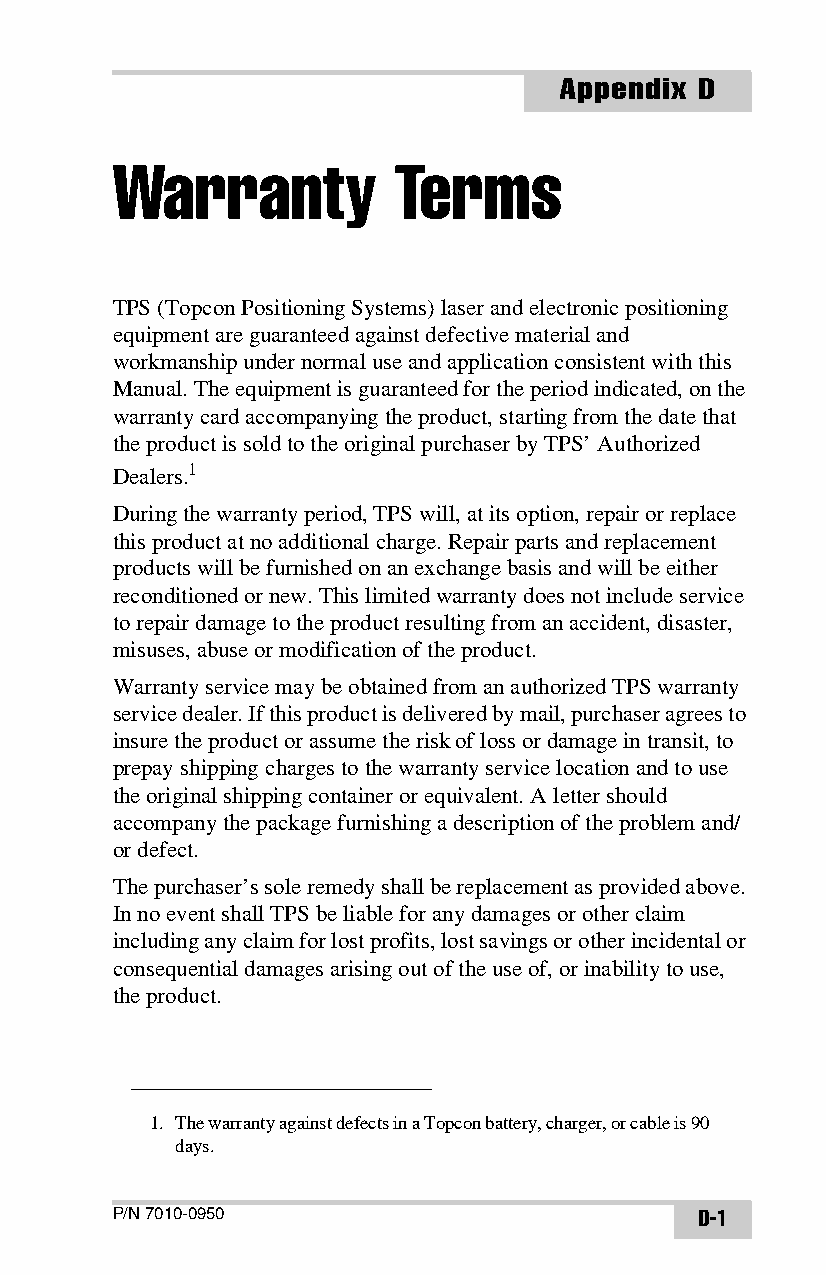
Appendix D
 Warranty           Terms
 TPS (Topcon Positioning Systems) laser and electronic positioning
 equipment are guaranteed against defective material and
 workmanship under normal use and application consistent with this
 Manual. The equipment is guaranteed for the period indicated, on the
 warranty card accompanying the product, starting from the date that
 the product is sold to the original purchaser by TPS’ Authorized
 Dealers.1
 During the warranty period, TPS will, at its option, repair or replace
 this product at no additional charge. Repair parts and replacement
 products will be furnished on an exchange basis and will be either
 reconditioned or new. This limited warranty does not include service
 to repair damage to the product resulting from an accident, disaster,
 misuses, abuse or modification of the product.
 Warranty service may be obtained from an authorized TPS warranty
 service dealer. If this product is delivered by mail, purchaser agrees to
 insure the product or assume the risk of loss or damage in transit, to
 prepay shipping charges to the warranty service location and to use
 the original shipping container or equivalent. A letter should
 accompany the package furnishing a description of the problem and/
 or defect.
 The purchaser’s sole remedy shall be replacement as provided above.
 In no event shall TPS be liable for any damages or other claim
 including any claim for lost profits, lost savings or other incidental or
 consequential damages arising out of the use of, or inability to use,
 the product.
 1. The warranty against defects in a Topcon battery, charger, or cable is 90
 days.
 P/N 7010-0950                          D-1